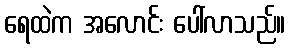
ရေထဲက အလောင်း ပေါ်လာသည်။